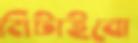
মিটাইবো